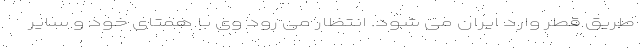
طریق قطر وارد ایران می شود. انتظار می رود وی با همتای خود و سایر